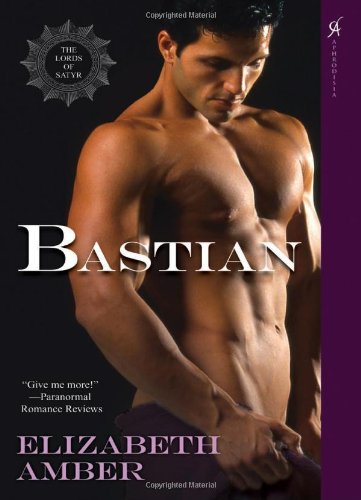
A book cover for Bastian: The Lords of Satyr; Elizabeth Amber; Romance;